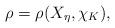
\begin{align*} \rho=\rho(X_\eta,\chi_K),\end{align*}